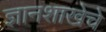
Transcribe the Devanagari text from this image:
ज्ञानशाखेचे